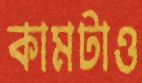
কামটাও